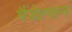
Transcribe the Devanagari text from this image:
मैंडेल्सन